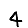
Digit: 4